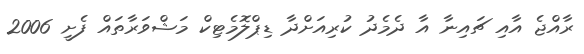
ރާއްޖެ އާއި ޗައިނާ އާ ދެމެދު ކުރިއަށްދާ ޑިޕްލޮމެޓިކް މަޝްވަރާތައް ފެށީ 2006